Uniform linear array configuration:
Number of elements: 32
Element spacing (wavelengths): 0.5
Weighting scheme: exponential
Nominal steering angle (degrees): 0
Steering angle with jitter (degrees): -1.626
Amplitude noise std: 0.05
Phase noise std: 0.05

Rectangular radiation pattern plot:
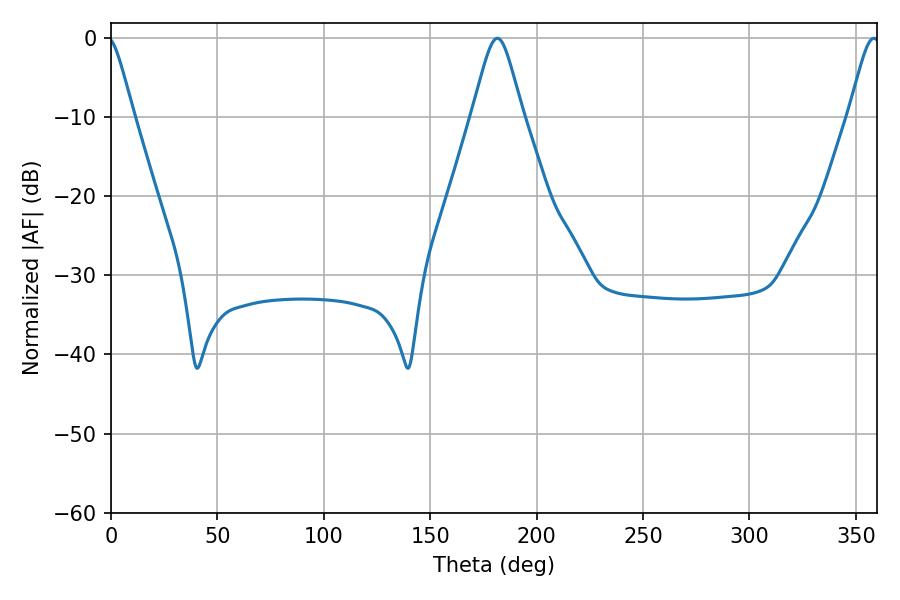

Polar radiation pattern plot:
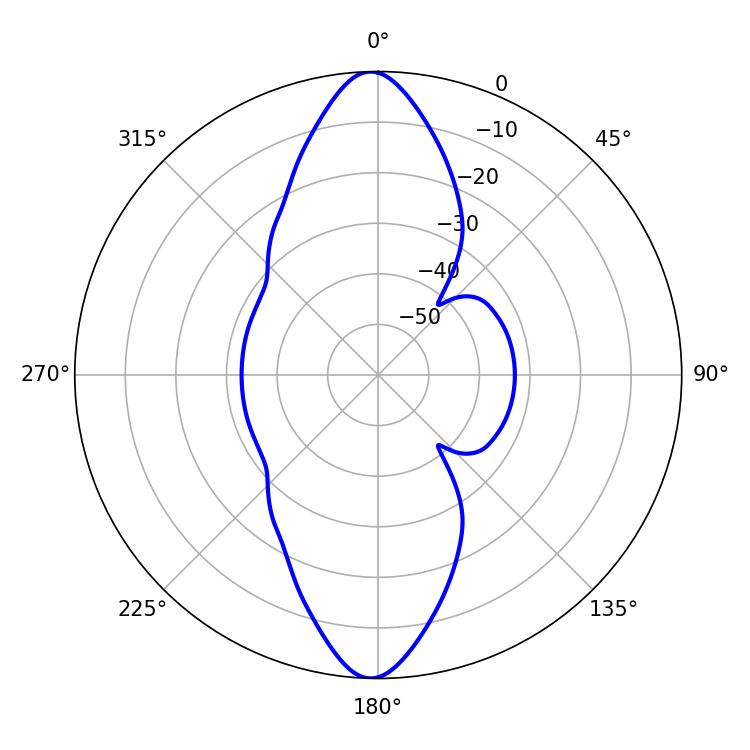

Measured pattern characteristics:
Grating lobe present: FALSE
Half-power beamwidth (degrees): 11.34
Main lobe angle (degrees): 181.62